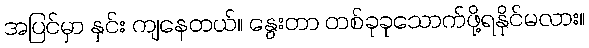
အပြင်မှာ နှင်း ကျနေတယ်။ နွေးတာ တစ်ခုခုသောက်ဖို့ရနိုင်မလား။